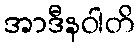
အာဒီနဝါတိ